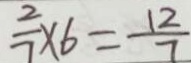
\frac { 2 } { 7 } \times 6 = \frac { 1 2 } { 7 }